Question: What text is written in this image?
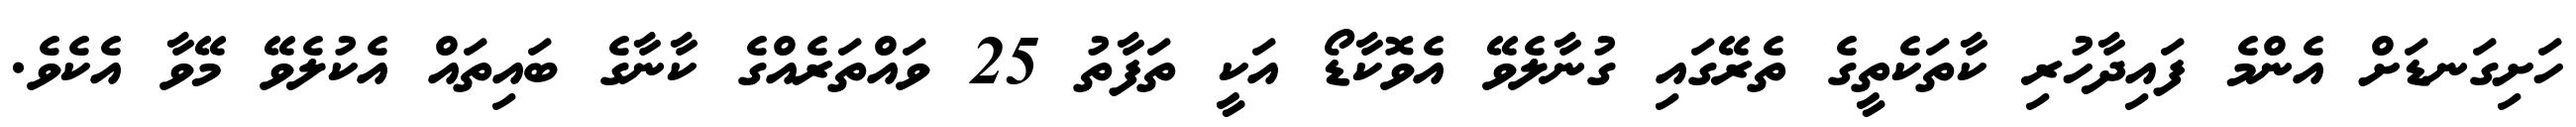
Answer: ހަށިގަނޑަށް އެންމެ ފައިދާހުރި ކާތަކެތީގެ ތެރޭގައި ގުނާލެވޭ އެވޮކާޑޯ އަކީ ތަފާތު 25 ވައްތަރެއްގެ ކާނާގެ ބައިތައް އެކުލެވޭ މޭވާ އެކެވެ.